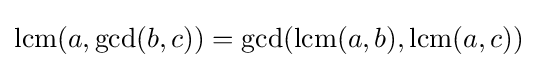
\operatorname {lcm} (a,\gcd(b,c))=\gcd(\operatorname {lcm} (a,b),\operatorname {lcm} (a,c))